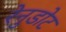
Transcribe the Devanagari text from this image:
रेनुडोट